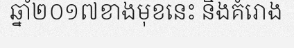
ឆ្នាំ២០១៧ខាងមុខនេះ និងគំរោង